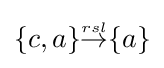
{\textstyle \{c,a\}{\stackrel {\scriptscriptstyle rsl}{\rightarrow }}\{a\}}